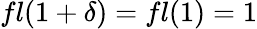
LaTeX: fl(1+\delta)=fl(1)=1